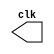
`timescale 1us/100ns

module oneSecClock(output reg clk = 0);

    always
    begin
        #1
        clk = ~clk;
    end

endmodule